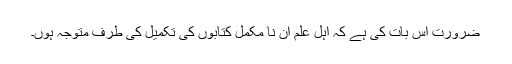
ضرورت اس بات کی ہے کہ اہل علم ان نا مکمل کتابوں کی تکمیل کی طرف متوجہ ہوں۔